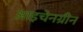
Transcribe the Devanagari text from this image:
आइचेनग्रीन